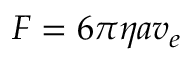
F = 6 \pi \eta a v _ { e }